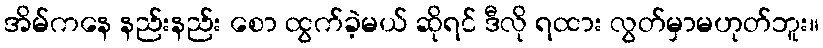
အိမ်ကနေ နည်းနည်း စော ထွက်ခဲ့မယ် ဆိုရင် ဒီလို ရထား လွတ်မှာမဟုတ်ဘူး။